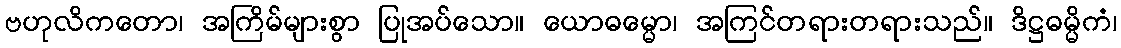
ဗဟုလိကတော၊ အကြိမ်များစွာ ပြုအပ်သော။ ယောဓမ္မော၊ အကြင်တရားတရားသည်။ ဒိဋ္ဌဓမ္မိကံ၊